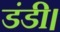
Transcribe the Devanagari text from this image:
डंडी।